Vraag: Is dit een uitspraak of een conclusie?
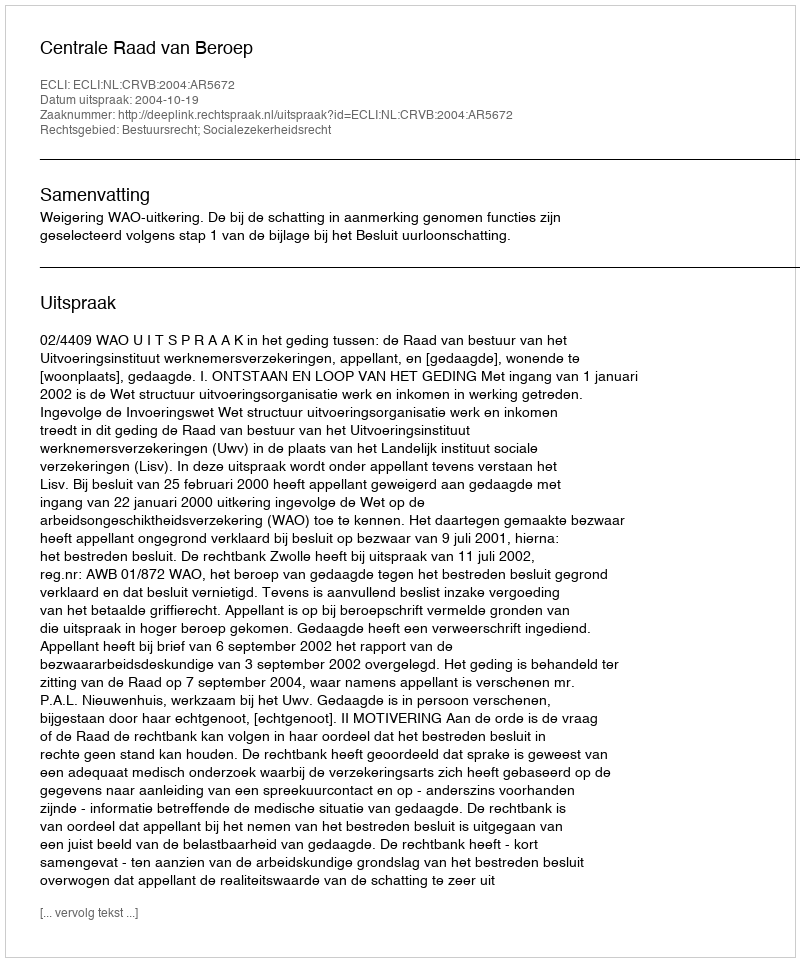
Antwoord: Uitspraak